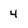
Character: 4